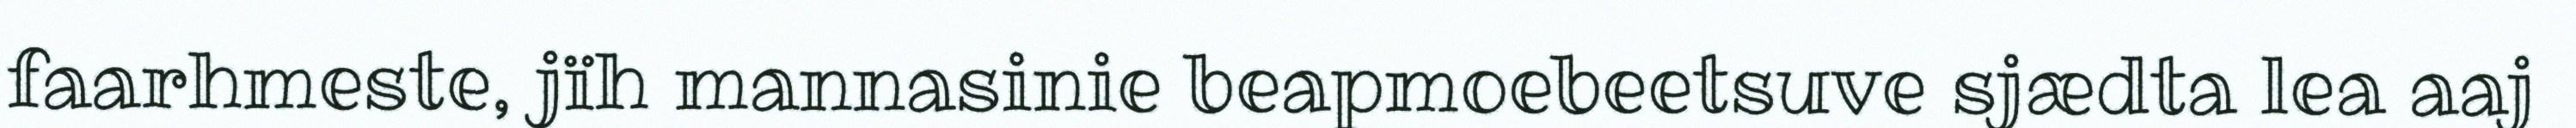
faarhmeste, jïh mannasinie beapmoebeetsuve sjædta lea aaj